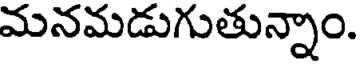
మనమడుగుతున్నాం.